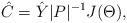
\begin{align*}\hat C=\hat Y |P|^{-1} J(\Theta),\end{align*}